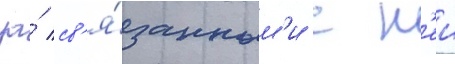
за́ св'я́занным'и с н'еи